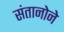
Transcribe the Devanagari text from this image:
संतानोने